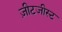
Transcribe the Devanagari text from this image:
ज़ीटजीस्ट